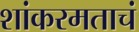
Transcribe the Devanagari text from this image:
शांकरमताचं